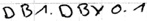
Text: DB1.DBY0.1